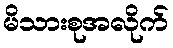
မိသားစုအလိုက်